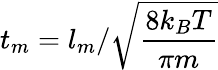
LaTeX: t_{m}=l_{m}/\sqrt{\frac{8k_{B}T}{\pi m}}